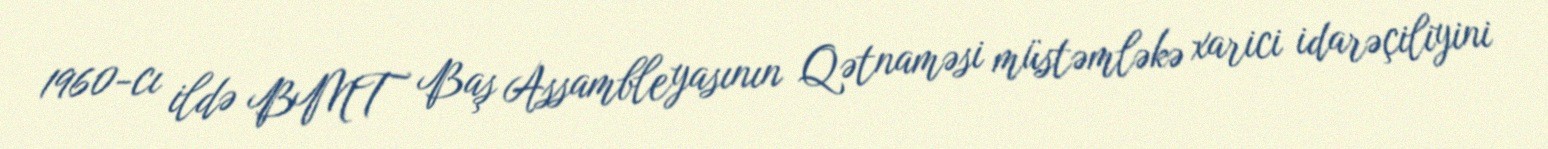
1960-cı ildə BMT Baş Assambleyasının Qətnaməsi müstəmləkə xarici idarəçiliyini